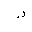
Letter: _dal